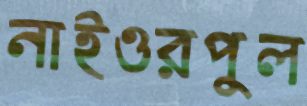
নাইওরপুল